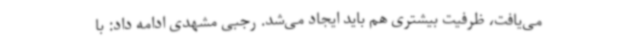
می‌یافت، ظرفیت بیشتری هم باید ایجاد می‌شد. رجبی مشهدی ادامه داد: با